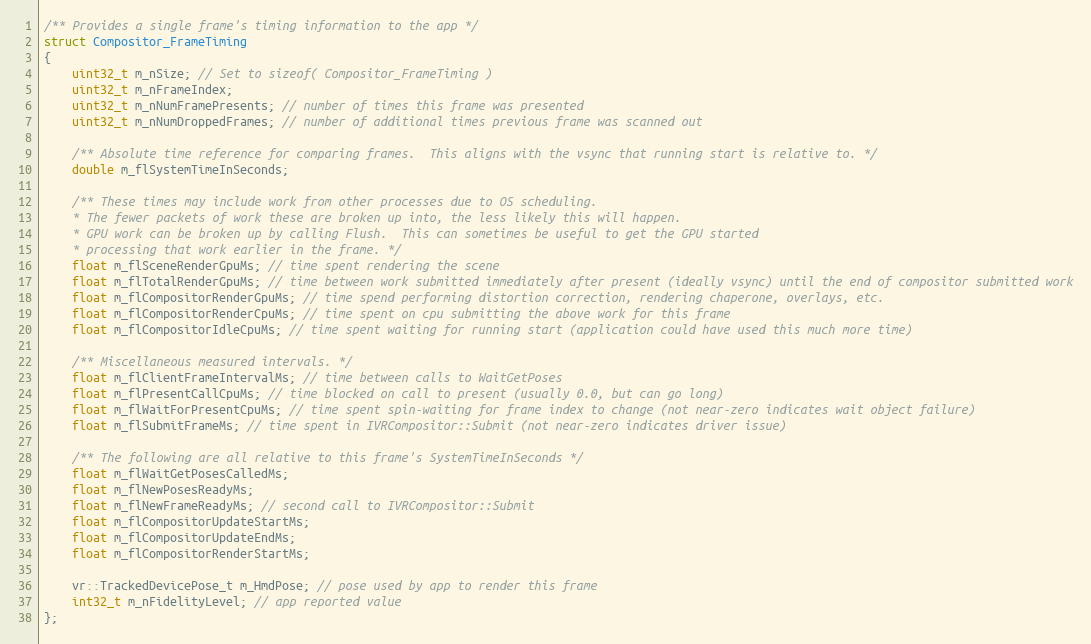
Language: C
/** Provides a single frame's timing information to the app */
struct Compositor_FrameTiming
{
	uint32_t m_nSize; // Set to sizeof( Compositor_FrameTiming )
	uint32_t m_nFrameIndex;
	uint32_t m_nNumFramePresents; // number of times this frame was presented
	uint32_t m_nNumDroppedFrames; // number of additional times previous frame was scanned out

	/** Absolute time reference for comparing frames.  This aligns with the vsync that running start is relative to. */
	double m_flSystemTimeInSeconds;

	/** These times may include work from other processes due to OS scheduling.
	* The fewer packets of work these are broken up into, the less likely this will happen.
	* GPU work can be broken up by calling Flush.  This can sometimes be useful to get the GPU started
	* processing that work earlier in the frame. */
	float m_flSceneRenderGpuMs; // time spent rendering the scene
	float m_flTotalRenderGpuMs; // time between work submitted immediately after present (ideally vsync) until the end of compositor submitted work
	float m_flCompositorRenderGpuMs; // time spend performing distortion correction, rendering chaperone, overlays, etc.
	float m_flCompositorRenderCpuMs; // time spent on cpu submitting the above work for this frame
	float m_flCompositorIdleCpuMs; // time spent waiting for running start (application could have used this much more time)

	/** Miscellaneous measured intervals. */
	float m_flClientFrameIntervalMs; // time between calls to WaitGetPoses
	float m_flPresentCallCpuMs; // time blocked on call to present (usually 0.0, but can go long)
	float m_flWaitForPresentCpuMs; // time spent spin-waiting for frame index to change (not near-zero indicates wait object failure)
	float m_flSubmitFrameMs; // time spent in IVRCompositor::Submit (not near-zero indicates driver issue)

	/** The following are all relative to this frame's SystemTimeInSeconds */
	float m_flWaitGetPosesCalledMs;
	float m_flNewPosesReadyMs;
	float m_flNewFrameReadyMs; // second call to IVRCompositor::Submit
	float m_flCompositorUpdateStartMs;
	float m_flCompositorUpdateEndMs;
	float m_flCompositorRenderStartMs;

	vr::TrackedDevicePose_t m_HmdPose; // pose used by app to render this frame
	int32_t m_nFidelityLevel; // app reported value
};